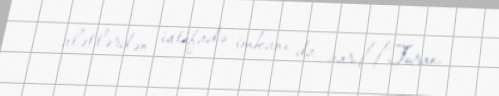
alətlərdən istifadə imkanı da var.//Turan.